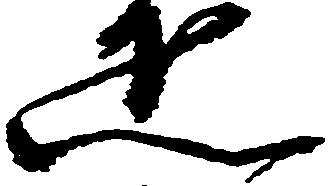
疋